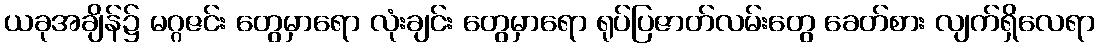
ယခုအချိန်၌ မဂ္ဂဇင်း တွေမှာရော လုံးချင်း တွေမှာရော ရုပ်ပြဇာတ်လမ်းတွေ ခေတ်စား လျက်ရှိလေရာ